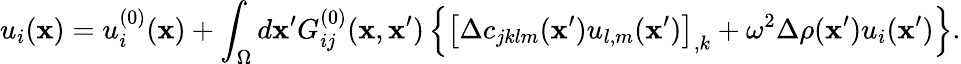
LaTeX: u_{i}({\mathbf x})=u_{i}^{(0)}({\mathbf x})+\int_{\Omega}d{\mathbf x}^{\prime}G_{ij}^{(0)}({\mathbf x},{\mathbf x}^{\prime})\left\{ \left[\Delta c_{jklm}({\mathbf x}^{\prime})u_{l,m}({\mathbf x}^{\prime})\right]_{,k}+\omega^{2}\Delta\rho({\mathbf x}^{\prime})u_{i}({\mathbf x}^{\prime})\right\} .